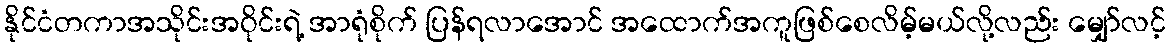
နိုင်ငံတကာအသိုင်းအဝိုင်းရဲ့ အာရုံစိုက် ပြန်ရလာအောင် အထောက်အကူဖြစ်စေလိမ့်မယ်လို့လည်း မျှော်လင့်